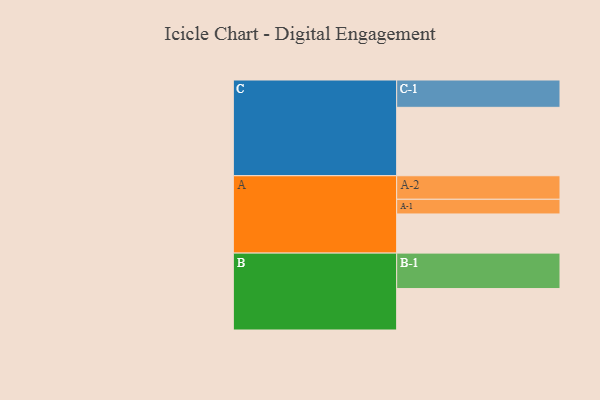
{"axis": {"x": "Segment", "y": "Value"}, "legend": ["", "A", "B", "C"], "data": [{"x": "A", "y": 328, "type": ""}, {"x": "B", "y": 347, "type": ""}, {"x": "C", "y": 573, "type": ""}, {"x": "A-1", "y": 123, "type": "A"}, {"x": "A-2", "y": 197, "type": "A"}, {"x": "B-1", "y": 297, "type": "B"}, {"x": "C-1", "y": 229, "type": "C"}]}